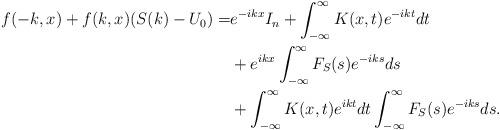
LaTeX: \begin{align*}\!\!f(-k,x)+f(k,x)(S(k)-{U_0})=&e^{-ikx}I_n+\int_{-\infty}^\infty K(x,t)e^{-ikt}dt\\&+ e^{ikx}\int_{-\infty}^\infty F_S(s)e^{-iks}ds\\&+\int_{-\infty}^\infty K(x,t)e^{ikt}dt\int_{-\infty}^\infty F_S(s)e^{-iks}ds.\end{align*}